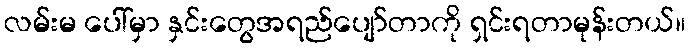
လမ်းမ ပေါ်မှာ နှင်းတွေအရည်ပျော်တာကို ရှင်းရတာမုန်းတယ်။